Report on vaccination in the Province of Bengal - 1869-1873
Year: 1869
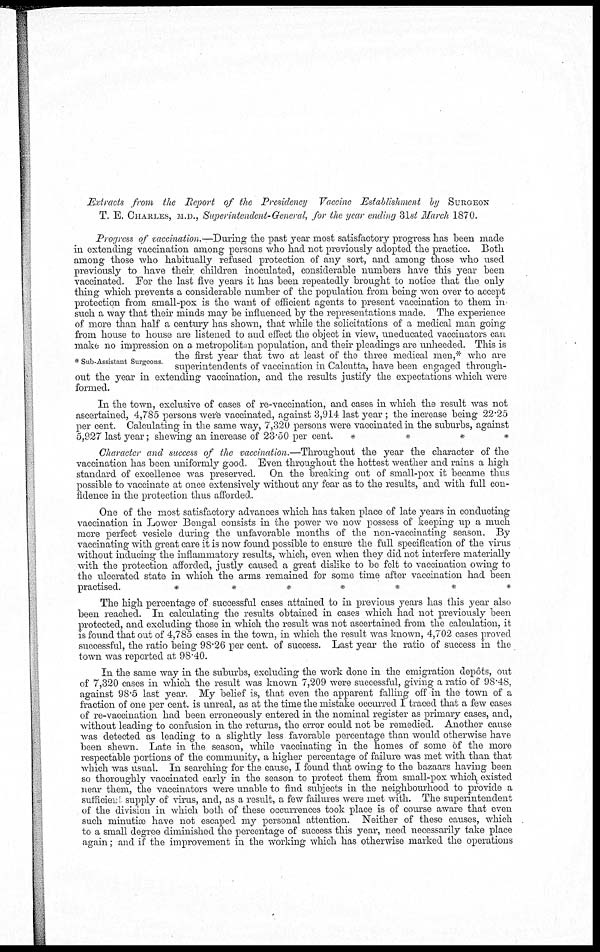
Extracts from the Report of the Presidency Vaccine Establishment by SURGEON
T. E. CHARLES, M.D., Superintendent-General, for the year ending 31st March 1870.
* Sub-Assistant Surgeons.
Progress of vaccination.—During the past year most satisfactory progress has been made
in extending vaccination among persons who had not previously adopted the practice. Both
among those who habitually refused protection of any sort, and among those who used
previously to have their children inoculated, considerable numbers have this year been
vaccinated. For the last five years it has been repeatedly brought to notice that the only
thing which prevents a considerable number of the population from being won over to accept
protection from small-pox is the want of efficient agents to present vaccination to them in
such a way that their minds may be influenced by the representations made. The experience
of more than half a century has shown, that while the solicitations of a medical man going
from house to house are listened to and effect the object in view, uneducated vaccinators can
make no impression on a metropolitan population, and their pleadings are unheeded. This is
the first year that two at least of the three medical men,* who are
superintendents of vaccination in Calcutta, have been engaged through-
out the year in extending vaccination, and the results justify the expectations which were
formed.
In the town, exclusive of cases of re-vaccination, and cases in which the result was not
ascertained, 4,785 persons were vaccinated, against 3,914 last year ; the increase being 22.25
per cent. Calculating in the same way, 7,320 persons were vaccinated in the suburbs, against
5,927 last year; shewing an increase of 23.50 per cent.
*
*
*
*
Character and success of the vaccination.—Throughout the year the character of the
vaccination has been uniformly good. Even throughout the hottest weather and rains a high
standard of excellence was preserved. On the breaking out of small-pox it became thus
possible to vaccinate at once extensively without any fear as to the results, and with full con-
fidence in the protection thus afforded.
One of the most satisfactory advances which has taken place of late years in conducting
vaccination in Lower Bengal consists in the power we now possess of keeping up a much
more perfect vesicle during the unfavorable months of the non-vaccinating season. By
vaccinating with great care it is now found possible to ensure the full specification of the virus
without inducing the inflammatory results, which, even when they did not interfere materially
with the protection afforded, justly caused a great dislike to be felt to vaccination owing to
the ulcerated state in which the arms remained for some time after vaccination had been
practised.
*
*
*
*
*
*
*
The high percentage of successful cases attained to in previous years has this year also
been reached. In calculating the results obtained in cases which had not previously been
protected, and excluding those in which the result was not ascertained from the calculation, it
is found that out of 4,785 cases in the town, in which the result was known, 4,702 cases proved
successful, the ratio being 98.26 per cent. of success. Last year the ratio of success in the
town was reported at 98.40.
In the same way in the suburbs, excluding the work done in the emigration depôts, out
of 7,320 cases in which the result was known 7,209 were successful, giving a ratio of 98.48,
against 98.5 last year. My belief is, that even the apparent falling off in the town of a
fraction of one per cent. is unreal, as at the time the mistake occurred I traced that a few cases
of re-vaccination had been erroneously entered in the nominal register as primary cases, and,
without leading to confusion in the returns, the error could not be remedied. Another cause
was detected as leading to a slightly less favorable percentage than would otherwise have
been shewn. Late in the season, while vaccinating in the homes of some of the more
respectable portions of the community, a higher percentage of failure was met with than that
which was usual. In searching for the cause, I found that owing to the bazaars having been
so thoroughly vaccinated early in the season to protect them from small-pox which existed
near them, the vaccinators were unable to find subjects in the neighbourhood to provide a
sufficient supply of virus, and, as a result, a few failures were met with. The superintendent
of the division in which both of these occurrences took place is of course aware that even
such minutiæ have not escaped my personal attention. Neither of these causes, which
to a small degree diminished the percentage of success this year, need necessarily take place
again; and if the improvement in the working which has otherwise marked the operations